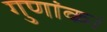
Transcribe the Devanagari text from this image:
गुणांक।